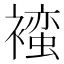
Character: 𬡯